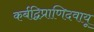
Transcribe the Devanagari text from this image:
कर्बद्विप्राणिदवायू